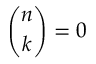
{ \binom { n } { k } } = 0